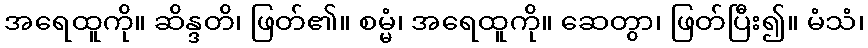
အရေထူကို။ ဆိန္ဒတိ၊ ဖြတ်၏။ စမ္မံ၊ အရေထူကို။ ဆေတွာ၊ ဖြတ်ပြီး၍။ မံသံ၊